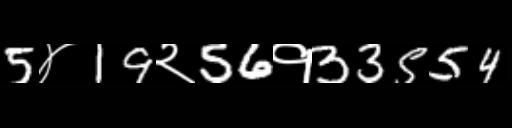
Text: 5४19२56१33554